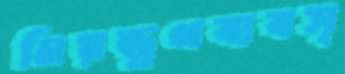
নিয়ন্ত্রণব্যবস্